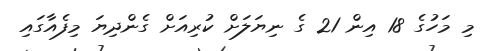
މި މަހުގެ 18 އިން 21 ގެ ނިޔަލަށް ކުރިއަށް ގެންދިޔަ މިފެއާގައި